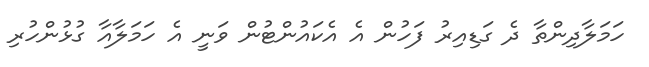
ހަމަލާދިންތާ ދެ ގަޑިއިރު ފަހުން އެ އެކައުންޓުން ވަނީ އެ ހަމަލާއާ ގުޅުންހުރި